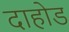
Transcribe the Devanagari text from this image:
दाहोड